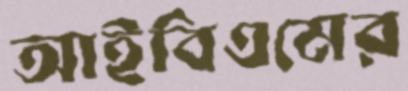
আইবিএমের